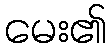
မေး၏